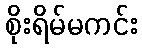
စိုးရိမ်မကင်း